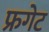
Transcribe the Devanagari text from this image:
फ्रगेट